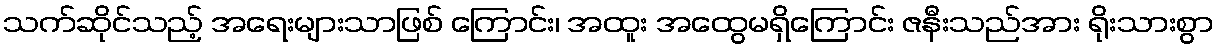
သက်ဆိုင်သည့် အရေးများသာဖြစ် ကြောင်း၊ အထူး အထွေမရှိကြောင်း ဇနီးသည်အား ရိုးသားစွာ